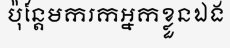
ប៉ុន្តែមករកអ្នកខ្លួនឯង